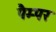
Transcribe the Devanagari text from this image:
पैम्पर